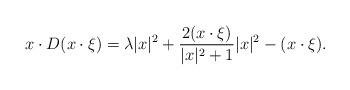
LaTeX: \begin{align*} x\cdot D(x\cdot\xi)=\lambda|x|^2+\frac{2(x\cdot\xi)}{|x|^2+1}|x|^2-(x\cdot\xi). \end{align*}